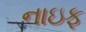
નાઇફ